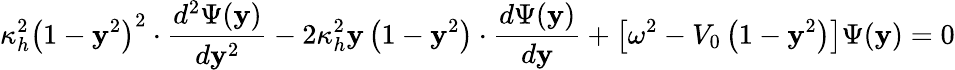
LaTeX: \kappa_{h}^{2}\left(1-\mathbf{y}^{2}\right)^{2}\cdot\frac{{d^{2}\Psi(\mathbf{y})}}{{d\mathbf{y}^{2}}}-2\kappa_{h}^{2}\mathbf{y}\left(1-\mathbf{y}^{2}\right)\cdot\frac{{d\Psi(\mathbf{y})}}{{d\mathbf{y}}}+\left[\omega^{2}-V_{0}\left(1-\mathbf{y}^{2}\right)\right]\Psi(\mathbf{y})=0